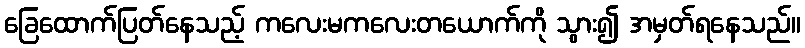
ခြေထောက်ပြတ်နေသည့် ကလေးမကလေးတယောက်ကို သွား၍ အမှတ်ရနေသည်။